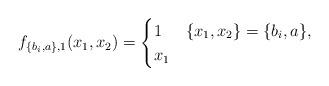
LaTeX: \begin{align*}f_{\{b_i, a\},1}(x_1, x_2)=\begin{cases}1 & \{x_1,x_2\}=\{b_i,a\},\\x_1 & \end{cases}\end{align*}